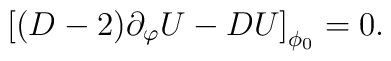
\left[ (D-2) \partial_\varphi U -DU \right]_{\phi_0}=0 .